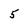
Character: 5